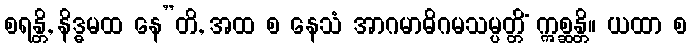
စရန္တိ, နိဒ္ဓမထ နေ”တိ, အထ စ နေသံ အာဂမာဓိဂမသမ္ပတ္တိံ ဣစ္ဆန္တိ။ ယထာ စ